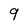
Character: 9